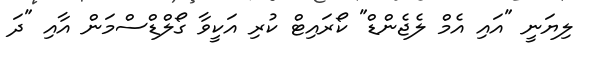
ލިޔަނީ "އައި އެމް ލެޖެންޑް" ކޯރައިޓް ކުރި އަކީވާ ގޯލްޑްސްމަން އާއި "ދަ